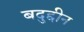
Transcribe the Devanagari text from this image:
बदुद्दीन